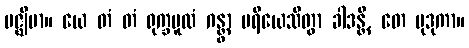
မဇ္ဈိမာ။ ယေ တံ တံ ရုက္ခမူလံ ဂန္တွာ ပရိယေသိတွာ ခါဒန္တိ, တေ မုဒုကာ။